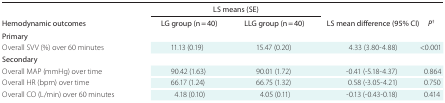
| <ROWSPAN=2> Hemodynamic outcomes | <COLSPAN=2> LS means (SE) | <ROWSPAN=2> LS mean difference (95% CI) | <ROWSPAN=2> P† |
 | LG group (n = 40) | LLG group (n = 40) |
 | --- | --- | --- | --- | --- |
 | Primary |  |  |  |  |
 | Overall SVV (%) over 60 minutes | 11.13 (0.19) | 15.47 (0.20) | 4.33 (3.80-4.88) | <0.001 |
 | Secondary |  |  |  |  |
 | Overall MAP (mmHg) over time | 90.42 (1.63) | 90.01 (1.72) | -0.41 (-5.18-4.37) | 0.864 |
 | Overall HR (bpm) over time | 66.17 (1.24) | 66.75 (1.32) | 0.58 (-3.05-4.21) | 0.750 |
 | Overall CO (L/min) over 60 minutes | 4.18 (0.10) | 4.05 (0.11) | -0.13 (-0.43-0.18) | 0.414 |